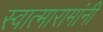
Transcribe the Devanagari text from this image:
स्वात्मारामांनी